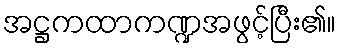
အဋ္ဌကထာကဏ္ဍအဖွင့်ပြီး၏။